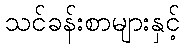
သင်ခန်းစာများနှင့်